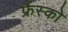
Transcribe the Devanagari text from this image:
फ्रैंस्को